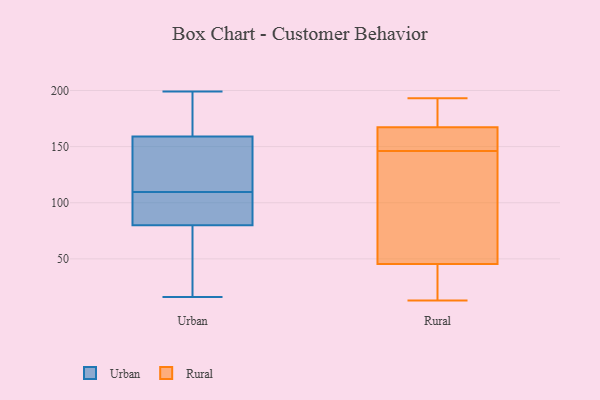
{"axis": {"x": "Temperature (°C)", "y": "Value"}, "legend": ["Rural", "Urban"], "data": [{"x": "", "y": 100, "type": "Urban"}, {"x": "", "y": 90, "type": "Urban"}, {"x": "", "y": 75, "type": "Urban"}, {"x": "", "y": 118, "type": "Urban"}, {"x": "", "y": 182, "type": "Urban"}, {"x": "", "y": 25, "type": "Urban"}, {"x": "", "y": 199, "type": "Urban"}, {"x": "", "y": 156, "type": "Urban"}, {"x": "", "y": 47, "type": "Urban"}, {"x": "", "y": 16, "type": "Urban"}, {"x": "", "y": 140, "type": "Urban"}, {"x": "", "y": 91, "type": "Urban"}, {"x": "", "y": 159, "type": "Urban"}, {"x": "", "y": 183, "type": "Urban"}, {"x": "", "y": 101, "type": "Urban"}, {"x": "", "y": 181, "type": "Urban"}, {"x": "", "y": 139, "type": "Urban"}, {"x": "", "y": 80, "type": "Urban"}, {"x": "", "y": 160, "type": "Rural"}, {"x": "", "y": 13, "type": "Rural"}, {"x": "", "y": 165, "type": "Rural"}, {"x": "", "y": 193, "type": "Rural"}, {"x": "", "y": 28, "type": "Rural"}, {"x": "", "y": 168, "type": "Rural"}, {"x": "", "y": 146, "type": "Rural"}, {"x": "", "y": 164, "type": "Rural"}, {"x": "", "y": 38, "type": "Rural"}, {"x": "", "y": 39, "type": "Rural"}, {"x": "", "y": 183, "type": "Rural"}, {"x": "", "y": 65, "type": "Rural"}, {"x": "", "y": 133, "type": "Rural"}, {"x": "", "y": 108, "type": "Rural"}, {"x": "", "y": 173, "type": "Rural"}]}